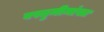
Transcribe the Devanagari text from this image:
वस्तुमीमांसा